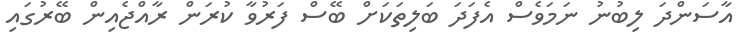
އާސަންދަ ލިބުނު ނަމަވެސް އެފަދަ ބަލިތަކަށް ބޭސް ފަރުވާ ކުރަން ރާއްޖެއިން ބޭރުގައި